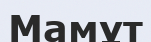
Мамұт